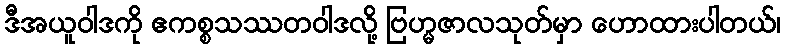
ဒီအယူဝါဒကို ဧကစ္စသဿတဝါဒလို့ ဗြဟ္မဇာလသုတ်မှာ ဟောထားပါတယ်၊